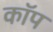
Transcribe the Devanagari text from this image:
काॅप